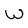
Character: W